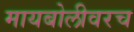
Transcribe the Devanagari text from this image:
मायबोलीवरच